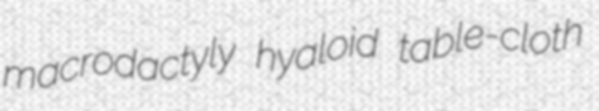
macrodactyly hyaloid table-cloth